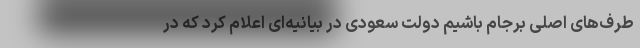
طرف‌های اصلی برجام باشیم دولت سعودی در بیانیه‌ای اعلام کرد که در